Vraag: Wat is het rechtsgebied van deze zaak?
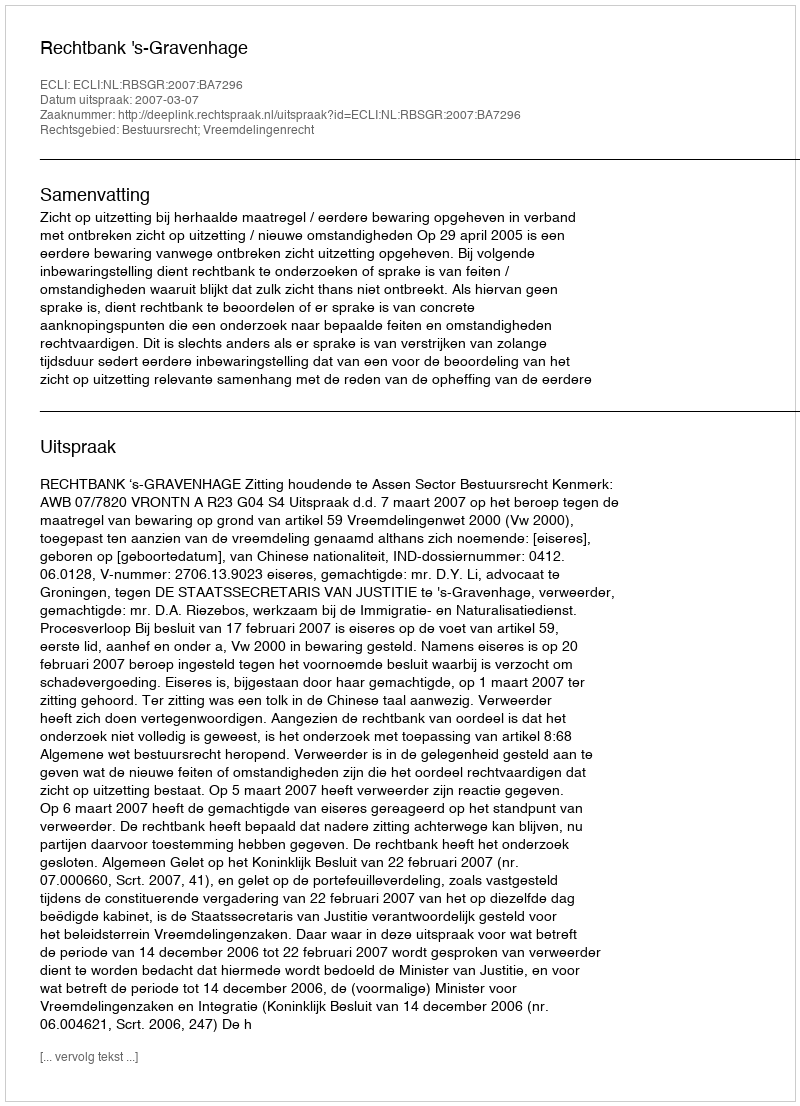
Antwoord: Bestuursrecht; Vreemdelingenrecht